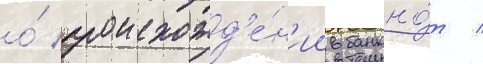
о́ происхожд'е́н'ии банкно́т /